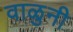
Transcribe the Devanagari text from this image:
वाळुनी